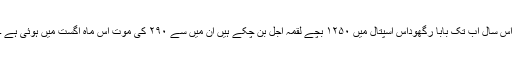
اس سال اب تک بابا رگھوداس اسپتال میں ۱۲۵۰ بچے لقمۂ اجل بن چکے ہیں ان میں سے ۲۹۰ کی موت اس ماہِ اگست میں ہوئی ہے ۔